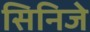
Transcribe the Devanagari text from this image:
सिनिजे